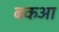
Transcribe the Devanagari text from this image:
बकआ